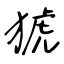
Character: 猇